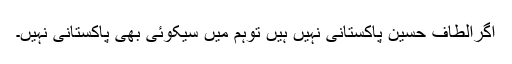
اگرالطاف حسین پاکستانی نہیں ہیں توہم میں سیکوئی بھی پاکستانی نہیں۔